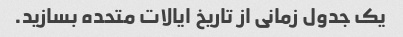
یک جدول زمانی از تاریخ ایالات متحده بسازید.